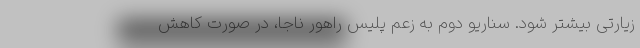
زیارتی بیشتر شود. سناریو دوم به زعم پلیس راهور ناجا، در صورت کاهش